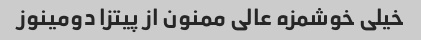
خیلی خوشمزه عالی ممنون از پیتزا دومینوز